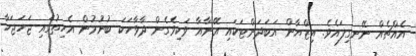
އެއްޗެއް ނޭނގިފައެވެ. އިޒްޔާން އަބަދަށްޓަކައި އޭނާއާ ވަކިވެގެން ދާވާހަކަ ބުނުމުން އެހިތުގައި ޖަހަޖަހާ